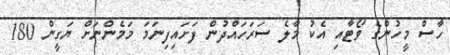
ހާސް މީހުންގެ ވޯޓާއި އެކު މާލެ ސަރަހައްދުން ފަށައިފިނަމަ މަމެންނަށް ޔަގީން 180